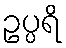
ဥပ္ပရိ